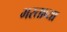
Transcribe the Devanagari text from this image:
भरताव्या